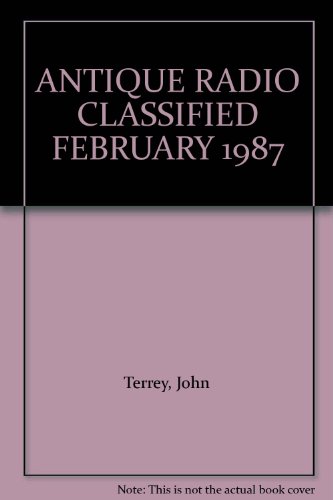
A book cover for ANTIQUE RADIO CLASSIFIED FEBRUARY 1987; John Terrey; Crafts, Hobbies & Home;